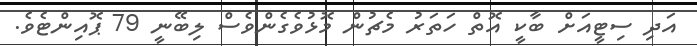
އަދި ސިޓީއަށް ބާކީ އޮތް ހަތަރު މެޗުން މޮޅުވެގެންވެސް ލިބޭނީ 79 ޕޮއިންޓެވެ.